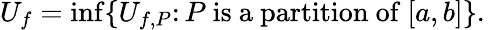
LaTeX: U_{f}=\operatorname*{inf}\{ U_{f,P}\colon P{\mathrm{~is~a~partition~of~}}[a,b]\} .\,